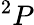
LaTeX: ^2P